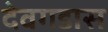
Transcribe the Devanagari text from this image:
देवगडास